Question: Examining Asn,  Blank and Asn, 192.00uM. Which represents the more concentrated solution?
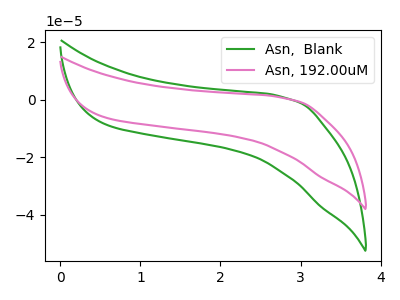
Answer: <think>The green curve "Asn,  Blank" has no peaks. The pink curve "Asn, 192.00uM" has no peaks.
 Neither "Asn,  Blank" or "Asn, 192.00uM" have any peaks.</think>
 <answer>I cant tell if "Asn,  Blank" or "Asn, 192.00uM" has higher concentration.</answer>
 <eval>mixed_concentration</eval>